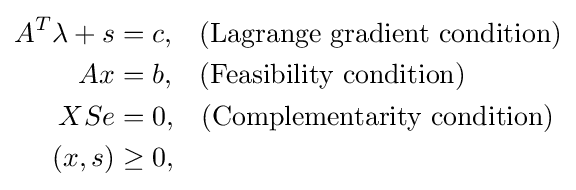
{\begin{aligned}A^{T}\lambda +s&=c,\;\;\;{\text{(Lagrange gradient condition)}}\\Ax&=b,\;\;\;{\text{(Feasibility condition)}}\\XSe&=0,\;\;\;{\text{(Complementarity condition)}}\\(x,s)&\geq 0,\end{aligned}}